Sanitation, dispensaries and jails vaccination Rajputana 1922-1927 - 1922-1927
Year: 1922
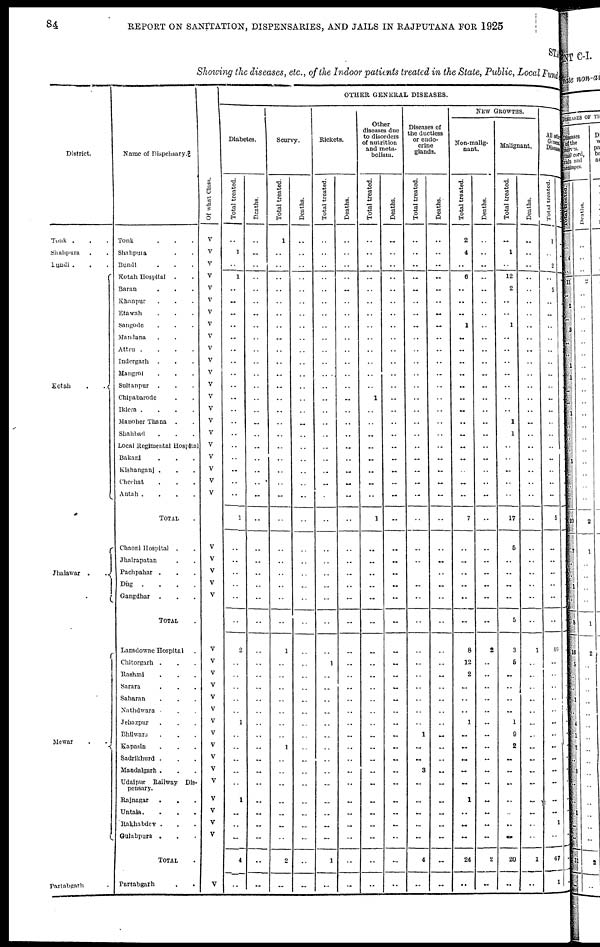
84
REPORT ON SANITATION, DISPENSARIES, AND JAILS IN RAJPUTANA FOR 1925
STATE
Showing the diseases, etc., of the Indoor patients treated in the State, Public, Local Fund
District.
Tonk . . .
Shahpura . .
Bundi . . .
Kotah
.
.
Jhalawar .
.
Mewar
. .
Partabgarh .
Name of Dispensary.
Tonk . . .
Shahpura . .
Bundi . . .
Kotah Hospital
. .
Baran . . .
Khanpur . . .
Etawah . . .
Sangode . . .
Mandana . . .
Attru .
.
.
.
Indergarh . . .
Mangrol . . .
Sultanpur . . .
Chipabarode . .
Iklera .
.
.
.
Manoher Thana
. .
Shahbad . . .
Local Regimental Hospital
Bakani . . .
Kishanganj . . .
Chechat . . .
Antah .
.
.
.
TOTAL .
Chaoni Hospital . .
Jhalrapatan . .
Pachpahar . . .
Dug
.
.
.
.
Gangdhar . . .
TOTAL .
Lansdowne Hospital .
Chitorgarh . . .
Rashmi . . .
Sarara . . .
Saharan . . .
Nathdwara . . .
Jehazpur . . .
Bhilwara . . .
Kapasin . . .
Sadrikhurd . . .
Mandalgarh . . .
Udaipur Railway Dis-
pensary.
Rajnagar
.
. .
Untala. . . .
Rakhabdev . . .
Gulabpura . . .
TOTAL .
Partabgarh . .
Of what Class.
V
V
V
V
V
V
V
V
V
V
V
V
V
V
V
V
V
V
V
V
V
V
V
V
V
V
V
V
V
V
V
V
V
V
V
V
V
V
V
V
V
V
V
V
OTHER GENERAL DISEASES.
Diabetes.
Total treated.
..
1
..
1
..
..
..
..
..
..
..
..
..
..
..
..
..
..
..
..
..
..
1
..
..
..
..
..
..
2
..
..
..
..
..
1
..
..
..
..
..
1
..
..
..
4
..
Deaths.
..
..
..
..
..
..
..
..
..
..
..
..
..
..
..
..
..
..
..
..
..
..
..
..
..
..
..
..
..
..
..
..
..
..
..
..
..
..
..
..
..
..
..
..
..
..
..
Scurvy.
Total treated.
1
..
..
..
..
..
..
..
..
..
..
..
..
..
..
..
..
..
..
..
..
..
..
..
..
..
..
..
..
1
..
..
..
..
..
..
..
1
..
..
..
..
..
..
..
2
..
Deaths.
..
..
..
..
..
..
..
..
..
..
..
..
..
..
..
..
..
..
..
..
..
..
..
..
..
..
..
..
..
..
..
..
..
..
..
..
..
..
..
..
..
..
..
..
..
..
..
Rickets.
Total treated.
..
..
..
..
..
..
..
..
..
..
..
..
..
..
..
..
..
..
..
..
..
..
..
..
..
..
..
..
..
..
1
..
..
..
..
..
..
..
..
..
..
..
..
..
..
1
..
Deaths.
..
..
..
..
..
..
..
..
..
..
..
..
..
..
..
..
..
..
..
..
..
..
..
..
..
..
..
..
..
..
..
..
..
..
..
..
..
..
..
..
..
..
..
..
..
..
..
Other
diseases due
to disorders
of nutrition
and meta-
bolism.
Total treated.
..
..
..
..
..
..
..
..
..
..
..
..
..
1
..
..
..
..
.._..
..
..
..
1
..
..
..
..
..
..
..
..
..
..
..
..
..
..
..
..
..
..
..
..
..
..
..
..
Deaths.
..
..
..
..
..
..
..
..
..
..
..
..
..
..
..
..
..
..
.._
..
..
..
..
..
..
..
..
..
..
..
..
..
..
..
..
..
..
..
..
..
..
..
..
..
..
..
..
Diseases of
the ductless
or endo-
crine
glands.
Total treated.
..
..
..
..
..
..
..
..
..
..
..
..
..
..
..
..
..
..
..
..
..
..
..
..
..
..
..
..
..
..
..
..
..
..
..
..
1
..
..
3
..
..
..
..
..
4
..
Deaths.
..
..
..
..
..
..
..
..
..
..
..
..
..
..
..
..
..
..
..
..
..
..
..
..
..
..
..
..
..
..
..
..
..
..
..
..
..
..
..
..
..
..
..
..
..
..
..
NEW GROWTHS.
Non-malig-
nant.
Total treated.
2
4
..
6
..
..
..
1
..
..
..
..
..
..
..
..
..
..
..
..
..
..
7
..
..
..
..
..
..
8
12
2
..
..
..
1
..
..
..
..
..
1
..
..
..
24
..
Deaths.
..
..
..
..
..
..
..
..
..
..
..
..
..
..
..
..
..
..
..
..
..
..
..
..
..
..
..
..
..
2
..
..
..
..
..
..
..
..
..
..
..
..
..
..
..
2
..
Malignant.
Total treated.
..
1
..
12
2
..
..
1
..
..
..
..
..
..
..
1
1
..
..
..
..
..
17
5
..
..
..
..
5
3
5
.._
..
..
..
1
9
2
..
..
..
..
..
..
..
20
..
Deaths.
..
..
..
..
..
..
..
..
..
..
..
..
..
..
..
..
..
..
..
..
..
..
..
..
..
..
..
..
..
1
..
..
..
..
..
..
..
..
..
..
..
..
..
..
..
1
..
All other
General
Diseases.
Total treated.
1
..
2
..
5
..
..
..
..
..
..
..
..
..
..
..
..
..
..
..
..
..
5
..
..
..
..
..
..
46
..
..
..
..
..
..
..
..
..
..
..
..
..
1
..
47
1
Deaths.
..
..
..
..
..
..
..
..
..
..
..
..
..
..
..
..
..
..
..
..
..
..
..
..
..
..
..
..
..
..
..
..
..
..
..
..
..
..
..
..
..
..
..
..
..
..
..